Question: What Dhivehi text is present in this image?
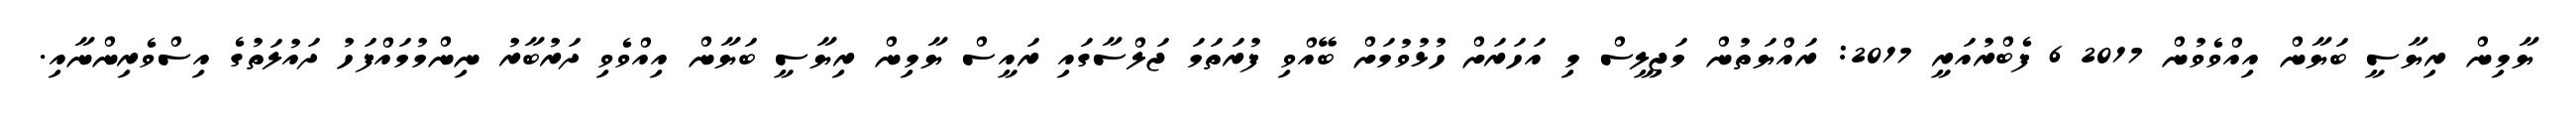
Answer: ޔާމިން ރިޔާސީ ބަޔާން އިއްވެވުން 2017 6 ފެބްރުއަރީ 2017: ރައްޔަތުން މަޖިލީސް މި އަހަރަށް ހުޅުވުމަށް ބޭއްވި ފުރަތަމަ ޖަލްސާގައި ރައީސް ޔާމިން ރިޔާސީ ބަޔާން އިއްވެވި ދަރުބާރު ނިންމުމައްފަހު ދައުލަތުގެ އިސްވެރިންނާއި.